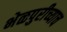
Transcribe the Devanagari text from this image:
भेळपुरीच्याच